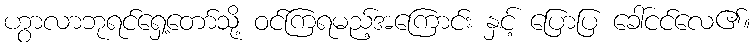
ဟွာလာဘုရင်ရှေ့တော်သို့ ဝင်ကြရမည့်အကြောင်း နှင့် ပြောပြ ခေါ်ငင်လေ၏။